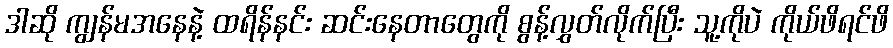
ဒါဆို ကျွန်မအနေနဲ့ ထရိန်နင်း ဆင်းနေတာတွေကို စွန့်လွှတ်လိုက်ပြီး သူ့ကိုပဲ ကိုယ်ဖိရင်ဖိ